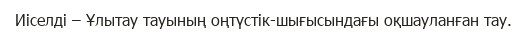
Иіселді – Ұлытау тауының оңтүстік-шығысындағы оқшауланған тау.